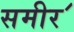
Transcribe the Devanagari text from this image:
समीर॔